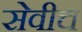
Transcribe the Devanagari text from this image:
सेवीच